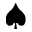
\spadesuit